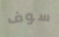
سوف